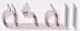
الفكة